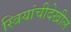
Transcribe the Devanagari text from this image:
स्त्रियांचीदेखील